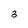
Character: 3